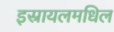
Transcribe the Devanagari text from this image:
इस्रायलमधिल